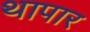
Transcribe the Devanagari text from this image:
थापार